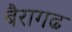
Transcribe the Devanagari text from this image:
बैरागढ